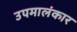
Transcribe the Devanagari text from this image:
उपमालंकार